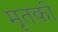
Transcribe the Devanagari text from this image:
मृतकी